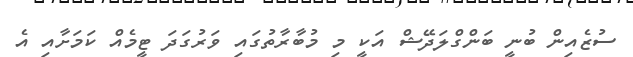
ސުޒެއިން ބުނީ ބަންގްލަދޭޝް އަކީ މި މުބާރާތުގައި ވަރުގަދަ ޓީމެއް ކަމަށާއި އެ